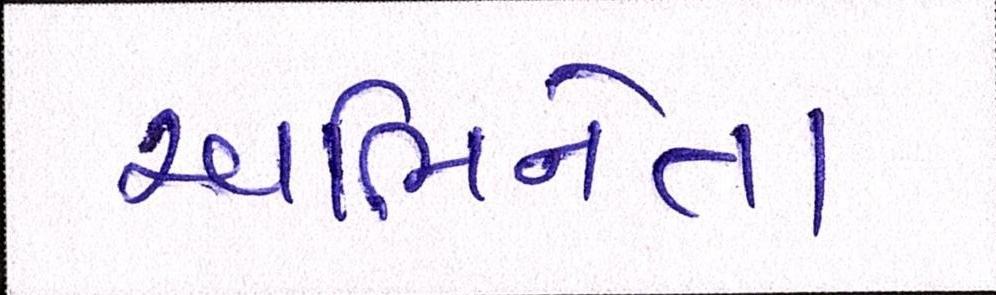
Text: અભિનેતા